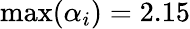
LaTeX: \operatorname*{max}(\alpha_{i})=2.15